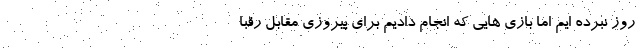
روز نبرده ایم اما بازی هایی که انجام دادیم برای پیروزی مقابل رقبا